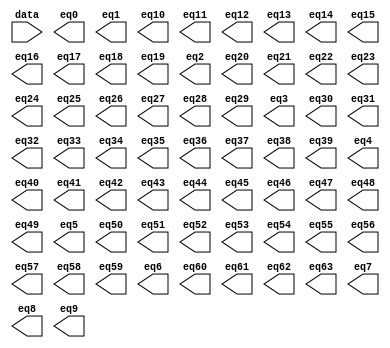
// megafunction wizard: %LPM_DECODE%VBB%
// GENERATION: STANDARD
// VERSION: WM1.0
// MODULE: LPM_DECODE 

// ============================================================
// Megafunction Name(s):
// 			LPM_DECODE
//
// Simulation Library Files(s):
// 			lpm
// ============================================================
// ************************************************************
// THIS IS A WIZARD-GENERATED FILE. DO NOT EDIT THIS FILE!
//
// 17.0.0 Build 595 04/25/2017 SJ Lite Edition
// ************************************************************

//Copyright (C) 2017  Intel Corporation. All rights reserved.
//Your use of Intel Corporation's design tools, logic functions 
//and other software and tools, and its AMPP partner logic 
//functions, and any output files from any of the foregoing 
//(including device programming or simulation files), and any 
//associated documentation or information are expressly subject 
//to the terms and conditions of the Intel Program License 
//Subscription Agreement, the Intel Quartus Prime License Agreement,
//the Intel MegaCore Function License Agreement, or other 
//applicable license agreement, including, without limitation, 
//that your use is for the sole purpose of programming logic 
//devices manufactured by Intel and sold by Intel or its 
//authorized distributors.  Please refer to the applicable 
//agreement for further details.

module onehot (
	data,
	eq0,
	eq1,
	eq10,
	eq11,
	eq12,
	eq13,
	eq14,
	eq15,
	eq16,
	eq17,
	eq18,
	eq19,
	eq2,
	eq20,
	eq21,
	eq22,
	eq23,
	eq24,
	eq25,
	eq26,
	eq27,
	eq28,
	eq29,
	eq3,
	eq30,
	eq31,
	eq32,
	eq33,
	eq34,
	eq35,
	eq36,
	eq37,
	eq38,
	eq39,
	eq4,
	eq40,
	eq41,
	eq42,
	eq43,
	eq44,
	eq45,
	eq46,
	eq47,
	eq48,
	eq49,
	eq5,
	eq50,
	eq51,
	eq52,
	eq53,
	eq54,
	eq55,
	eq56,
	eq57,
	eq58,
	eq59,
	eq6,
	eq60,
	eq61,
	eq62,
	eq63,
	eq7,
	eq8,
	eq9);

	input	[5:0]  data;
	output	  eq0;
	output	  eq1;
	output	  eq10;
	output	  eq11;
	output	  eq12;
	output	  eq13;
	output	  eq14;
	output	  eq15;
	output	  eq16;
	output	  eq17;
	output	  eq18;
	output	  eq19;
	output	  eq2;
	output	  eq20;
	output	  eq21;
	output	  eq22;
	output	  eq23;
	output	  eq24;
	output	  eq25;
	output	  eq26;
	output	  eq27;
	output	  eq28;
	output	  eq29;
	output	  eq3;
	output	  eq30;
	output	  eq31;
	output	  eq32;
	output	  eq33;
	output	  eq34;
	output	  eq35;
	output	  eq36;
	output	  eq37;
	output	  eq38;
	output	  eq39;
	output	  eq4;
	output	  eq40;
	output	  eq41;
	output	  eq42;
	output	  eq43;
	output	  eq44;
	output	  eq45;
	output	  eq46;
	output	  eq47;
	output	  eq48;
	output	  eq49;
	output	  eq5;
	output	  eq50;
	output	  eq51;
	output	  eq52;
	output	  eq53;
	output	  eq54;
	output	  eq55;
	output	  eq56;
	output	  eq57;
	output	  eq58;
	output	  eq59;
	output	  eq6;
	output	  eq60;
	output	  eq61;
	output	  eq62;
	output	  eq63;
	output	  eq7;
	output	  eq8;
	output	  eq9;

endmodule

// ============================================================
// CNX file retrieval info
// ============================================================
// Retrieval info: PRIVATE: BaseDec NUMERIC "1"
// Retrieval info: PRIVATE: EnableInput NUMERIC "0"
// Retrieval info: PRIVATE: INTENDED_DEVICE_FAMILY STRING "Cyclone V"
// Retrieval info: PRIVATE: LPM_PIPELINE NUMERIC "0"
// Retrieval info: PRIVATE: Latency NUMERIC "0"
// Retrieval info: PRIVATE: SYNTH_WRAPPER_GEN_POSTFIX STRING "0"
// Retrieval info: PRIVATE: aclr NUMERIC "0"
// Retrieval info: PRIVATE: clken NUMERIC "0"
// Retrieval info: PRIVATE: eq0 NUMERIC "1"
// Retrieval info: PRIVATE: eq1 NUMERIC "1"
// Retrieval info: PRIVATE: eq10 NUMERIC "1"
// Retrieval info: PRIVATE: eq11 NUMERIC "1"
// Retrieval info: PRIVATE: eq12 NUMERIC "1"
// Retrieval info: PRIVATE: eq13 NUMERIC "1"
// Retrieval info: PRIVATE: eq14 NUMERIC "1"
// Retrieval info: PRIVATE: eq15 NUMERIC "1"
// Retrieval info: PRIVATE: eq16 NUMERIC "1"
// Retrieval info: PRIVATE: eq17 NUMERIC "1"
// Retrieval info: PRIVATE: eq18 NUMERIC "1"
// Retrieval info: PRIVATE: eq19 NUMERIC "1"
// Retrieval info: PRIVATE: eq2 NUMERIC "1"
// Retrieval info: PRIVATE: eq20 NUMERIC "1"
// Retrieval info: PRIVATE: eq21 NUMERIC "1"
// Retrieval info: PRIVATE: eq22 NUMERIC "1"
// Retrieval info: PRIVATE: eq23 NUMERIC "1"
// Retrieval info: PRIVATE: eq24 NUMERIC "1"
// Retrieval info: PRIVATE: eq25 NUMERIC "1"
// Retrieval info: PRIVATE: eq26 NUMERIC "1"
// Retrieval info: PRIVATE: eq27 NUMERIC "1"
// Retrieval info: PRIVATE: eq28 NUMERIC "1"
// Retrieval info: PRIVATE: eq29 NUMERIC "1"
// Retrieval info: PRIVATE: eq3 NUMERIC "1"
// Retrieval info: PRIVATE: eq30 NUMERIC "1"
// Retrieval info: PRIVATE: eq31 NUMERIC "1"
// Retrieval info: PRIVATE: eq32 NUMERIC "1"
// Retrieval info: PRIVATE: eq33 NUMERIC "1"
// Retrieval info: PRIVATE: eq34 NUMERIC "1"
// Retrieval info: PRIVATE: eq35 NUMERIC "1"
// Retrieval info: PRIVATE: eq36 NUMERIC "1"
// Retrieval info: PRIVATE: eq37 NUMERIC "1"
// Retrieval info: PRIVATE: eq38 NUMERIC "1"
// Retrieval info: PRIVATE: eq39 NUMERIC "1"
// Retrieval info: PRIVATE: eq4 NUMERIC "1"
// Retrieval info: PRIVATE: eq40 NUMERIC "1"
// Retrieval info: PRIVATE: eq41 NUMERIC "1"
// Retrieval info: PRIVATE: eq42 NUMERIC "1"
// Retrieval info: PRIVATE: eq43 NUMERIC "1"
// Retrieval info: PRIVATE: eq44 NUMERIC "1"
// Retrieval info: PRIVATE: eq45 NUMERIC "1"
// Retrieval info: PRIVATE: eq46 NUMERIC "1"
// Retrieval info: PRIVATE: eq47 NUMERIC "1"
// Retrieval info: PRIVATE: eq48 NUMERIC "1"
// Retrieval info: PRIVATE: eq49 NUMERIC "1"
// Retrieval info: PRIVATE: eq5 NUMERIC "1"
// Retrieval info: PRIVATE: eq50 NUMERIC "1"
// Retrieval info: PRIVATE: eq51 NUMERIC "1"
// Retrieval info: PRIVATE: eq52 NUMERIC "1"
// Retrieval info: PRIVATE: eq53 NUMERIC "1"
// Retrieval info: PRIVATE: eq54 NUMERIC "1"
// Retrieval info: PRIVATE: eq55 NUMERIC "1"
// Retrieval info: PRIVATE: eq56 NUMERIC "1"
// Retrieval info: PRIVATE: eq57 NUMERIC "1"
// Retrieval info: PRIVATE: eq58 NUMERIC "1"
// Retrieval info: PRIVATE: eq59 NUMERIC "1"
// Retrieval info: PRIVATE: eq6 NUMERIC "1"
// Retrieval info: PRIVATE: eq60 NUMERIC "1"
// Retrieval info: PRIVATE: eq61 NUMERIC "1"
// Retrieval info: PRIVATE: eq62 NUMERIC "1"
// Retrieval info: PRIVATE: eq63 NUMERIC "1"
// Retrieval info: PRIVATE: eq7 NUMERIC "1"
// Retrieval info: PRIVATE: eq8 NUMERIC "1"
// Retrieval info: PRIVATE: eq9 NUMERIC "1"
// Retrieval info: PRIVATE: nBit NUMERIC "6"
// Retrieval info: PRIVATE: new_diagram STRING "1"
// Retrieval info: LIBRARY: lpm lpm.lpm_components.all
// Retrieval info: CONSTANT: LPM_DECODES NUMERIC "64"
// Retrieval info: CONSTANT: LPM_TYPE STRING "LPM_DECODE"
// Retrieval info: CONSTANT: LPM_WIDTH NUMERIC "6"
// Retrieval info: USED_PORT: @eq 0 0 64 0 OUTPUT NODEFVAL "@eq[63..0]"
// Retrieval info: USED_PORT: data 0 0 6 0 INPUT NODEFVAL "data[5..0]"
// Retrieval info: USED_PORT: eq0 0 0 0 0 OUTPUT NODEFVAL "eq0"
// Retrieval info: USED_PORT: eq1 0 0 0 0 OUTPUT NODEFVAL "eq1"
// Retrieval info: USED_PORT: eq10 0 0 0 0 OUTPUT NODEFVAL "eq10"
// Retrieval info: USED_PORT: eq11 0 0 0 0 OUTPUT NODEFVAL "eq11"
// Retrieval info: USED_PORT: eq12 0 0 0 0 OUTPUT NODEFVAL "eq12"
// Retrieval info: USED_PORT: eq13 0 0 0 0 OUTPUT NODEFVAL "eq13"
// Retrieval info: USED_PORT: eq14 0 0 0 0 OUTPUT NODEFVAL "eq14"
// Retrieval info: USED_PORT: eq15 0 0 0 0 OUTPUT NODEFVAL "eq15"
// Retrieval info: USED_PORT: eq16 0 0 0 0 OUTPUT NODEFVAL "eq16"
// Retrieval info: USED_PORT: eq17 0 0 0 0 OUTPUT NODEFVAL "eq17"
// Retrieval info: USED_PORT: eq18 0 0 0 0 OUTPUT NODEFVAL "eq18"
// Retrieval info: USED_PORT: eq19 0 0 0 0 OUTPUT NODEFVAL "eq19"
// Retrieval info: USED_PORT: eq2 0 0 0 0 OUTPUT NODEFVAL "eq2"
// Retrieval info: USED_PORT: eq20 0 0 0 0 OUTPUT NODEFVAL "eq20"
// Retrieval info: USED_PORT: eq21 0 0 0 0 OUTPUT NODEFVAL "eq21"
// Retrieval info: USED_PORT: eq22 0 0 0 0 OUTPUT NODEFVAL "eq22"
// Retrieval info: USED_PORT: eq23 0 0 0 0 OUTPUT NODEFVAL "eq23"
// Retrieval info: USED_PORT: eq24 0 0 0 0 OUTPUT NODEFVAL "eq24"
// Retrieval info: USED_PORT: eq25 0 0 0 0 OUTPUT NODEFVAL "eq25"
// Retrieval info: USED_PORT: eq26 0 0 0 0 OUTPUT NODEFVAL "eq26"
// Retrieval info: USED_PORT: eq27 0 0 0 0 OUTPUT NODEFVAL "eq27"
// Retrieval info: USED_PORT: eq28 0 0 0 0 OUTPUT NODEFVAL "eq28"
// Retrieval info: USED_PORT: eq29 0 0 0 0 OUTPUT NODEFVAL "eq29"
// Retrieval info: USED_PORT: eq3 0 0 0 0 OUTPUT NODEFVAL "eq3"
// Retrieval info: USED_PORT: eq30 0 0 0 0 OUTPUT NODEFVAL "eq30"
// Retrieval info: USED_PORT: eq31 0 0 0 0 OUTPUT NODEFVAL "eq31"
// Retrieval info: USED_PORT: eq32 0 0 0 0 OUTPUT NODEFVAL "eq32"
// Retrieval info: USED_PORT: eq33 0 0 0 0 OUTPUT NODEFVAL "eq33"
// Retrieval info: USED_PORT: eq34 0 0 0 0 OUTPUT NODEFVAL "eq34"
// Retrieval info: USED_PORT: eq35 0 0 0 0 OUTPUT NODEFVAL "eq35"
// Retrieval info: USED_PORT: eq36 0 0 0 0 OUTPUT NODEFVAL "eq36"
// Retrieval info: USED_PORT: eq37 0 0 0 0 OUTPUT NODEFVAL "eq37"
// Retrieval info: USED_PORT: eq38 0 0 0 0 OUTPUT NODEFVAL "eq38"
// Retrieval info: USED_PORT: eq39 0 0 0 0 OUTPUT NODEFVAL "eq39"
// Retrieval info: USED_PORT: eq4 0 0 0 0 OUTPUT NODEFVAL "eq4"
// Retrieval info: USED_PORT: eq40 0 0 0 0 OUTPUT NODEFVAL "eq40"
// Retrieval info: USED_PORT: eq41 0 0 0 0 OUTPUT NODEFVAL "eq41"
// Retrieval info: USED_PORT: eq42 0 0 0 0 OUTPUT NODEFVAL "eq42"
// Retrieval info: USED_PORT: eq43 0 0 0 0 OUTPUT NODEFVAL "eq43"
// Retrieval info: USED_PORT: eq44 0 0 0 0 OUTPUT NODEFVAL "eq44"
// Retrieval info: USED_PORT: eq45 0 0 0 0 OUTPUT NODEFVAL "eq45"
// Retrieval info: USED_PORT: eq46 0 0 0 0 OUTPUT NODEFVAL "eq46"
// Retrieval info: USED_PORT: eq47 0 0 0 0 OUTPUT NODEFVAL "eq47"
// Retrieval info: USED_PORT: eq48 0 0 0 0 OUTPUT NODEFVAL "eq48"
// Retrieval info: USED_PORT: eq49 0 0 0 0 OUTPUT NODEFVAL "eq49"
// Retrieval info: USED_PORT: eq5 0 0 0 0 OUTPUT NODEFVAL "eq5"
// Retrieval info: USED_PORT: eq50 0 0 0 0 OUTPUT NODEFVAL "eq50"
// Retrieval info: USED_PORT: eq51 0 0 0 0 OUTPUT NODEFVAL "eq51"
// Retrieval info: USED_PORT: eq52 0 0 0 0 OUTPUT NODEFVAL "eq52"
// Retrieval info: USED_PORT: eq53 0 0 0 0 OUTPUT NODEFVAL "eq53"
// Retrieval info: USED_PORT: eq54 0 0 0 0 OUTPUT NODEFVAL "eq54"
// Retrieval info: USED_PORT: eq55 0 0 0 0 OUTPUT NODEFVAL "eq55"
// Retrieval info: USED_PORT: eq56 0 0 0 0 OUTPUT NODEFVAL "eq56"
// Retrieval info: USED_PORT: eq57 0 0 0 0 OUTPUT NODEFVAL "eq57"
// Retrieval info: USED_PORT: eq58 0 0 0 0 OUTPUT NODEFVAL "eq58"
// Retrieval info: USED_PORT: eq59 0 0 0 0 OUTPUT NODEFVAL "eq59"
// Retrieval info: USED_PORT: eq6 0 0 0 0 OUTPUT NODEFVAL "eq6"
// Retrieval info: USED_PORT: eq60 0 0 0 0 OUTPUT NODEFVAL "eq60"
// Retrieval info: USED_PORT: eq61 0 0 0 0 OUTPUT NODEFVAL "eq61"
// Retrieval info: USED_PORT: eq62 0 0 0 0 OUTPUT NODEFVAL "eq62"
// Retrieval info: USED_PORT: eq63 0 0 0 0 OUTPUT NODEFVAL "eq63"
// Retrieval info: USED_PORT: eq7 0 0 0 0 OUTPUT NODEFVAL "eq7"
// Retrieval info: USED_PORT: eq8 0 0 0 0 OUTPUT NODEFVAL "eq8"
// Retrieval info: USED_PORT: eq9 0 0 0 0 OUTPUT NODEFVAL "eq9"
// Retrieval info: CONNECT: @data 0 0 6 0 data 0 0 6 0
// Retrieval info: CONNECT: eq0 0 0 0 0 @eq 0 0 1 0
// Retrieval info: CONNECT: eq1 0 0 0 0 @eq 0 0 1 1
// Retrieval info: CONNECT: eq10 0 0 0 0 @eq 0 0 1 10
// Retrieval info: CONNECT: eq11 0 0 0 0 @eq 0 0 1 11
// Retrieval info: CONNECT: eq12 0 0 0 0 @eq 0 0 1 12
// Retrieval info: CONNECT: eq13 0 0 0 0 @eq 0 0 1 13
// Retrieval info: CONNECT: eq14 0 0 0 0 @eq 0 0 1 14
// Retrieval info: CONNECT: eq15 0 0 0 0 @eq 0 0 1 15
// Retrieval info: CONNECT: eq16 0 0 0 0 @eq 0 0 1 16
// Retrieval info: CONNECT: eq17 0 0 0 0 @eq 0 0 1 17
// Retrieval info: CONNECT: eq18 0 0 0 0 @eq 0 0 1 18
// Retrieval info: CONNECT: eq19 0 0 0 0 @eq 0 0 1 19
// Retrieval info: CONNECT: eq2 0 0 0 0 @eq 0 0 1 2
// Retrieval info: CONNECT: eq20 0 0 0 0 @eq 0 0 1 20
// Retrieval info: CONNECT: eq21 0 0 0 0 @eq 0 0 1 21
// Retrieval info: CONNECT: eq22 0 0 0 0 @eq 0 0 1 22
// Retrieval info: CONNECT: eq23 0 0 0 0 @eq 0 0 1 23
// Retrieval info: CONNECT: eq24 0 0 0 0 @eq 0 0 1 24
// Retrieval info: CONNECT: eq25 0 0 0 0 @eq 0 0 1 25
// Retrieval info: CONNECT: eq26 0 0 0 0 @eq 0 0 1 26
// Retrieval info: CONNECT: eq27 0 0 0 0 @eq 0 0 1 27
// Retrieval info: CONNECT: eq28 0 0 0 0 @eq 0 0 1 28
// Retrieval info: CONNECT: eq29 0 0 0 0 @eq 0 0 1 29
// Retrieval info: CONNECT: eq3 0 0 0 0 @eq 0 0 1 3
// Retrieval info: CONNECT: eq30 0 0 0 0 @eq 0 0 1 30
// Retrieval info: CONNECT: eq31 0 0 0 0 @eq 0 0 1 31
// Retrieval info: CONNECT: eq32 0 0 0 0 @eq 0 0 1 32
// Retrieval info: CONNECT: eq33 0 0 0 0 @eq 0 0 1 33
// Retrieval info: CONNECT: eq34 0 0 0 0 @eq 0 0 1 34
// Retrieval info: CONNECT: eq35 0 0 0 0 @eq 0 0 1 35
// Retrieval info: CONNECT: eq36 0 0 0 0 @eq 0 0 1 36
// Retrieval info: CONNECT: eq37 0 0 0 0 @eq 0 0 1 37
// Retrieval info: CONNECT: eq38 0 0 0 0 @eq 0 0 1 38
// Retrieval info: CONNECT: eq39 0 0 0 0 @eq 0 0 1 39
// Retrieval info: CONNECT: eq4 0 0 0 0 @eq 0 0 1 4
// Retrieval info: CONNECT: eq40 0 0 0 0 @eq 0 0 1 40
// Retrieval info: CONNECT: eq41 0 0 0 0 @eq 0 0 1 41
// Retrieval info: CONNECT: eq42 0 0 0 0 @eq 0 0 1 42
// Retrieval info: CONNECT: eq43 0 0 0 0 @eq 0 0 1 43
// Retrieval info: CONNECT: eq44 0 0 0 0 @eq 0 0 1 44
// Retrieval info: CONNECT: eq45 0 0 0 0 @eq 0 0 1 45
// Retrieval info: CONNECT: eq46 0 0 0 0 @eq 0 0 1 46
// Retrieval info: CONNECT: eq47 0 0 0 0 @eq 0 0 1 47
// Retrieval info: CONNECT: eq48 0 0 0 0 @eq 0 0 1 48
// Retrieval info: CONNECT: eq49 0 0 0 0 @eq 0 0 1 49
// Retrieval info: CONNECT: eq5 0 0 0 0 @eq 0 0 1 5
// Retrieval info: CONNECT: eq50 0 0 0 0 @eq 0 0 1 50
// Retrieval info: CONNECT: eq51 0 0 0 0 @eq 0 0 1 51
// Retrieval info: CONNECT: eq52 0 0 0 0 @eq 0 0 1 52
// Retrieval info: CONNECT: eq53 0 0 0 0 @eq 0 0 1 53
// Retrieval info: CONNECT: eq54 0 0 0 0 @eq 0 0 1 54
// Retrieval info: CONNECT: eq55 0 0 0 0 @eq 0 0 1 55
// Retrieval info: CONNECT: eq56 0 0 0 0 @eq 0 0 1 56
// Retrieval info: CONNECT: eq57 0 0 0 0 @eq 0 0 1 57
// Retrieval info: CONNECT: eq58 0 0 0 0 @eq 0 0 1 58
// Retrieval info: CONNECT: eq59 0 0 0 0 @eq 0 0 1 59
// Retrieval info: CONNECT: eq6 0 0 0 0 @eq 0 0 1 6
// Retrieval info: CONNECT: eq60 0 0 0 0 @eq 0 0 1 60
// Retrieval info: CONNECT: eq61 0 0 0 0 @eq 0 0 1 61
// Retrieval info: CONNECT: eq62 0 0 0 0 @eq 0 0 1 62
// Retrieval info: CONNECT: eq63 0 0 0 0 @eq 0 0 1 63
// Retrieval info: CONNECT: eq7 0 0 0 0 @eq 0 0 1 7
// Retrieval info: CONNECT: eq8 0 0 0 0 @eq 0 0 1 8
// Retrieval info: CONNECT: eq9 0 0 0 0 @eq 0 0 1 9
// Retrieval info: GEN_FILE: TYPE_NORMAL onehot.v TRUE
// Retrieval info: GEN_FILE: TYPE_NORMAL onehot.inc FALSE
// Retrieval info: GEN_FILE: TYPE_NORMAL onehot.cmp FALSE
// Retrieval info: GEN_FILE: TYPE_NORMAL onehot.bsf FALSE
// Retrieval info: GEN_FILE: TYPE_NORMAL onehot_inst.v FALSE
// Retrieval info: GEN_FILE: TYPE_NORMAL onehot_bb.v TRUE
// Retrieval info: LIB_FILE: lpm